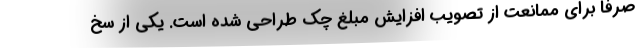
صرفا برای ممانعت از تصویب افزایش مبلغ چک طراحی شده است. یکی از سخ